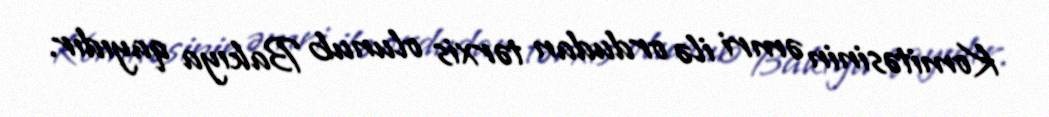
Komitəsinin əmri ilə ordudan tərxis olunub Bakıya qayıdır.